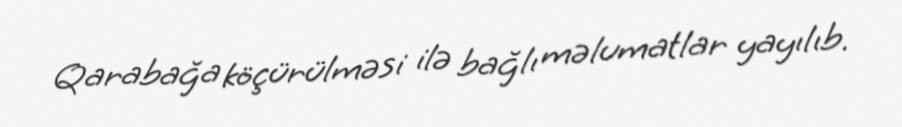
Qarabağa köçürülməsi ilə bağlı məlumatlar yayılıb.